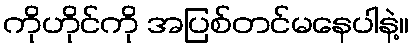
ကိုဟိုင်ကို အပြစ်တင်မနေပါနဲ့။